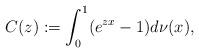
LaTeX: \begin{align*}C(z):=\int_0^1(e^{zx}-1)d\nu (x),\end{align*}